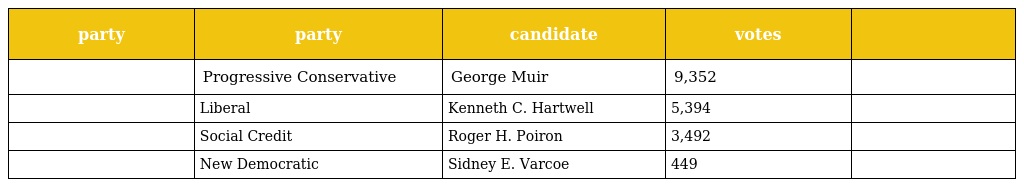
| party | party | candidate | votes |  |
 | --- | --- | --- | --- | --- |
 |  | Progressive Conservative | George Muir | 9,352 |  |
 |  | Liberal | Kenneth C. Hartwell | 5,394 |  |
 |  | Social Credit | Roger H. Poiron | 3,492 |  |
 |  | New Democratic | Sidney E. Varcoe | 449 |  |